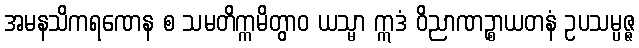
အမနသိကရဏေန စ သမတိက္ကမိတွာဝ ယသ္မာ ဣဒံ ဝိညာဏဉ္စာယတနံ ဥပသမ္ပဇ္ဇ